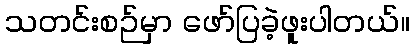
သတင်းစဉ်မှာ ဖော်ပြခဲ့ဖူးပါတယ်။